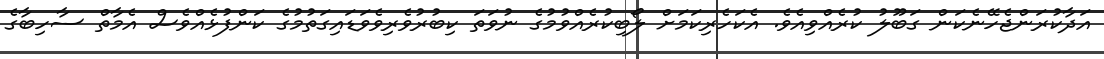
އަދާކުރަންޖެހޭނެކަން ގަބޫލު ކުރެއްވިއެވެ. އެކަހެރިކަމަށް ލޯބިކުރެއްވުމުގެ ނުވަތަ ކިބުރުވެރިވެވަޑައިގަތުމުގެ ކަންފުޅެއްވެސް އެމާތް ސާހިބާގެ